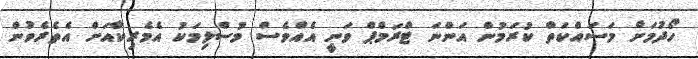
ހޯދުމަށް މަސައްކަތް ކުރަމުން އަންނަ ޓްރަމްޕް ވަނީ އެއްވެސް މުސްލިމަކު އެމެރިކާއަށް އެތެރެވުން